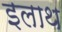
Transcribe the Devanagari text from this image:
इलाथ